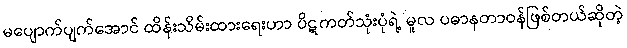
မပျောက်ပျက်အောင် ထိန်းသိမ်းထားရေးဟာ ပိဋကတ်သုံးပုံရဲ့ မူလ ပဓာနတာဝန်ဖြစ်တယ်ဆိုတဲ့